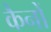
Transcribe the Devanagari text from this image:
कैनों